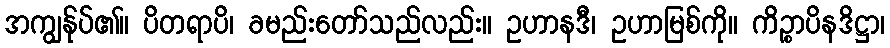
အကျွန်ုပ်၏။ ပိတရာပိ၊ ခမည်းတော်သည်လည်း။ ဥဟာနဒီ၊ ဥဟာမြစ်ကို။ ကိဉ္စာပိနဒိဋ္ဌာ၊